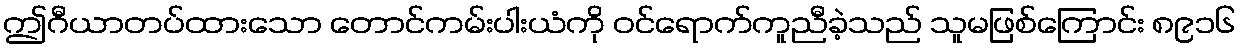
ဤဂီယာတပ်ထားသော တောင်ကမ်းပါးယံကို ဝင်ရောက်ကူညီခဲ့သည် သူမဖြစ်ကြောင်း ၈၉၁၆